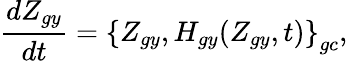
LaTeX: \frac{dZ_{gy}}{dt}=\left\{ Z_{gy},H_{gy}(Z_{gy},t)\right\} _{gc},